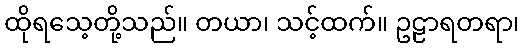
ထိုရသေ့တို့သည်။ တယာ၊ သင့်ထက်။ ဥဠာရတရာ၊